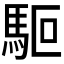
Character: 𩢘